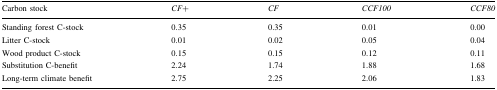
| Carbon stock | CF+ | CF | CCF100 | CCF80 |
 | --- | --- | --- | --- | --- |
 | Standing forest C-stock | 0.35 | 0.35 | 0.01 | 0.00 |
 | Litter C-stock | 0.01 | 0.02 | 0.05 | 0.04 |
 | Wood product C-stock | 0.15 | 0.15 | 0.12 | 0.11 |
 | Substitution C-benefit | 2.24 | 1.74 | 1.88 | 1.68 |
 | Long-term climate benefit | 2.75 | 2.25 | 2.06 | 1.83 |